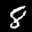
Label: 8